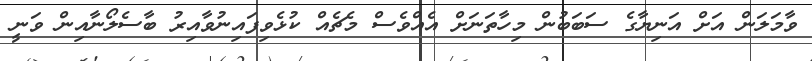
ވާމަލަން އަށް އަނިޔާގެ ސަބަބުން މިހާތަނަށް އެއްވެސް މެޗެއް ކުޅެވިފައިނުވާއިރު ބާސެލޯނާއިން ވަނީ